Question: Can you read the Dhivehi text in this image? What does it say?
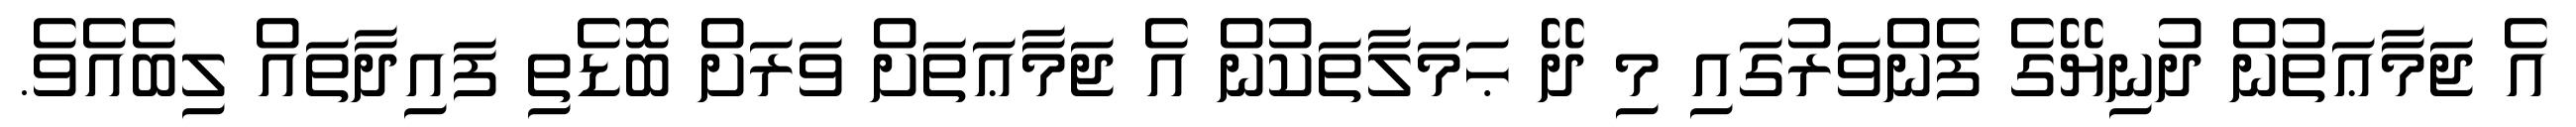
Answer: އެ ޖަމާޢަތުން ދުނިޔޭގެ ފެންވަރުގައި މި ދޭ ޙަމަލާތަކުން އެ ޖަމާޢަތަށް ވަރަށް ބޮޑެތި ފައިދާތައް ލިބެއެވެ.